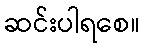
ဆင်းပါရစေ။